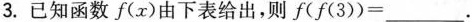
3.已知函数f(x)由下表给出，则$$f ( f ( 3 ) ) = ___$$.